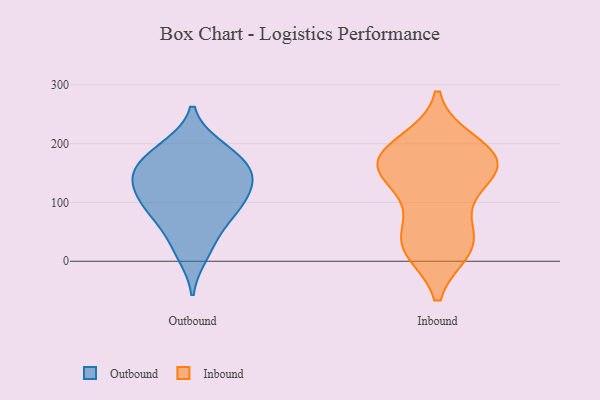
{"axis": {"x": "Population (Million)", "y": "Value"}, "legend": ["Inbound", "Outbound"], "data": [{"x": "", "y": 141, "type": "Outbound"}, {"x": "", "y": 166, "type": "Outbound"}, {"x": "", "y": 192, "type": "Outbound"}, {"x": "", "y": 77, "type": "Outbound"}, {"x": "", "y": 194, "type": "Outbound"}, {"x": "", "y": 37, "type": "Outbound"}, {"x": "", "y": 85, "type": "Outbound"}, {"x": "", "y": 98, "type": "Outbound"}, {"x": "", "y": 133, "type": "Outbound"}, {"x": "", "y": 11, "type": "Outbound"}, {"x": "", "y": 134, "type": "Outbound"}, {"x": "", "y": 97, "type": "Outbound"}, {"x": "", "y": 145, "type": "Outbound"}, {"x": "", "y": 166, "type": "Outbound"}, {"x": "", "y": 200, "type": "Inbound"}, {"x": "", "y": 181, "type": "Inbound"}, {"x": "", "y": 164, "type": "Inbound"}, {"x": "", "y": 153, "type": "Inbound"}, {"x": "", "y": 22, "type": "Inbound"}, {"x": "", "y": 181, "type": "Inbound"}, {"x": "", "y": 156, "type": "Inbound"}, {"x": "", "y": 33, "type": "Inbound"}, {"x": "", "y": 24, "type": "Inbound"}, {"x": "", "y": 109, "type": "Inbound"}, {"x": "", "y": 161, "type": "Inbound"}, {"x": "", "y": 45, "type": "Inbound"}]}